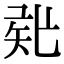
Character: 𥎲